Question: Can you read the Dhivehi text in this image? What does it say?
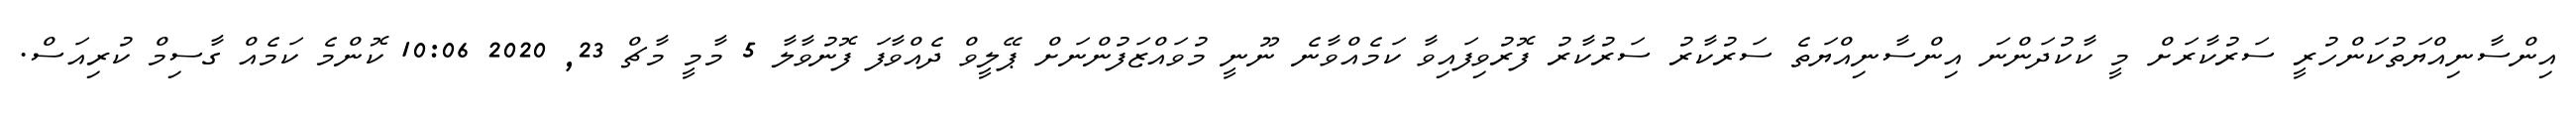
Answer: އިންސާނިއްޔަތުކަންހުރީ ސަރުކާރަށް މީ ކާކުދަންނަ އިންސާނިއްޔަތެ ސަރުކާރު ސަރުކާރު ފޮރުވިފައިވާ ކަމެއްވާނެ ނޫނީ މުވައްޒަފުންނަށް ޕޭލީވް ދެއްވާފަ ފޮނުވާލާ 5 މާމީ މާޗް 23, 2020 10:06 ކޮންމެ ކަމެއް ގާސިމް ކުރިއަސް.